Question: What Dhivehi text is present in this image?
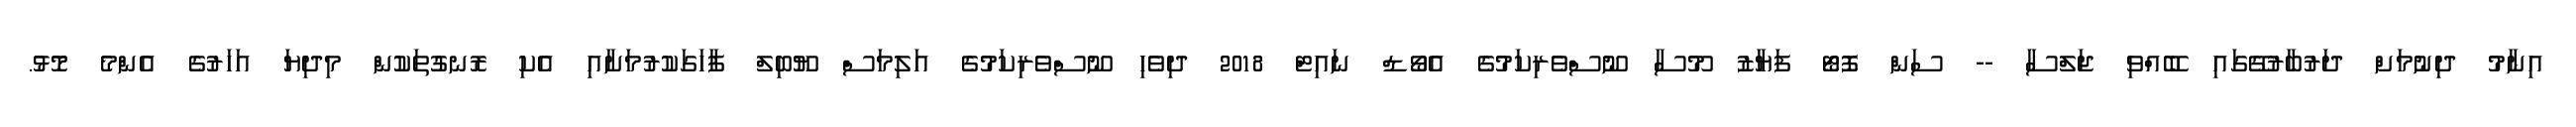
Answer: އިނާމު ދިނުމަށް ދަރުބާރުގޭގައި ބޭއްވި ޖަލްސާ -- ސަން ފޮޓޯ ފަޔާޒު މޫސާ ނޫސްވެރިކަމުގެ އެވޯޑް ނައިޓް 2018 ދިވެހި ނޫސްވެރިކަމުގެ އަލިމަސް ޔޫބިލް ފާހަގަކުރުމަށާއި އެކި ރޮނގުތަކުން މިދިޔަ އަހަރުގެ އެންމެ މޮޅު.